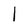
Character: 1